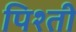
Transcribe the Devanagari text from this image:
पिश्ती